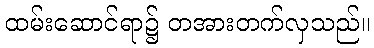
ထမ်းဆောင်ရာ၌ တအားတက်လှသည်။